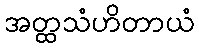
အတ္ထသံဟိတာယံ